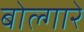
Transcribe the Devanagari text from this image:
बोल्गारे